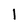
Character: 1